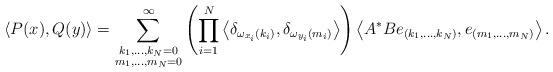
LaTeX: \begin{align*}\langle P(x),Q(y)\rangle =\sum_{\substack{k_1,...,k_N=0\\ m_1,...,m_N=0}}^{\infty} \left(\prod_{i=1}^N\left\langle\delta_{\omega_{x_i}(k_i)},\delta_{\omega_{y_i}(m_i)}\right\rangle\right)\left\langle A^*Be_{(k_1,...,k_N)}, e_{(m_1,...,m_N)}\right\rangle.\end{align*}